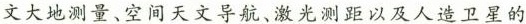
文大地测量、空间天文导航、激光测距以及人造卫星的